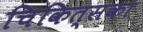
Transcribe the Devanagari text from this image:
चिकित्सका